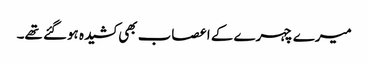
میرے چہرے کے اعصاب بھی کشیدہ ہوگئے تھے۔